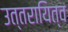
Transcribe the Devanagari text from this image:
उत्तरायित्व